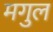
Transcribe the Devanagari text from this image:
मगुल